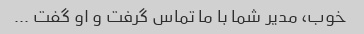
خوب، مدیر شما با ما تماس گرفت و او گفت ...